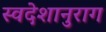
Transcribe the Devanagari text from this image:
स्वदेशानुराग